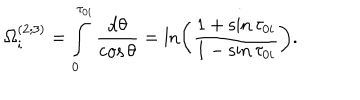
LaTeX: \Omega _ { i } ^ { ( 2 ; 3 ) } = \int _ { 0 } ^ { \tau _ { 0 i } } \frac { \mathrm { d } \theta } { \cos \theta } = \ln \left( \frac { 1 + \sin \tau _ { 0 i } } { 1 - \sin \tau _ { 0 i } } \right) .